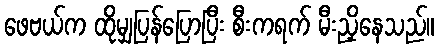
ဖေဗယ်က ထိုမျှပြန်ပြောပြီး စီးကရက် မီးညှိနေသည်။